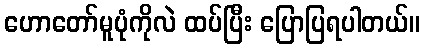
ဟောတော်မူပုံကိုလဲ ထပ်ပြီး ပြောပြရပါတယ်။